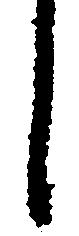
し